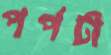
পর্পটী